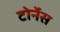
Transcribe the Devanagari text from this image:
टोर्नेस